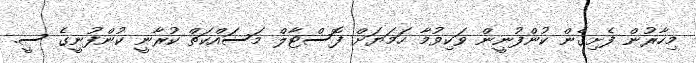
މިހާރުން ފެށިގެން ކުންފުނީން ވަކިވުމާ ހަމަޔަށް ފޮސްޓާލް މަސައްކަތް ކުރާނީ ކުންފުނީގެ ސީ.